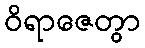
ဝိရာဇေတွာ